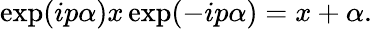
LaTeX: \exp(ip\alpha)x\exp(-ip\alpha)=x+\alpha.